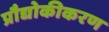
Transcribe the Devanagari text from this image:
प्रौद्योकीकरण